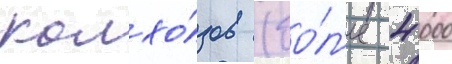
колхо́зов (бо́л'ее 4 000